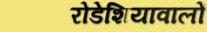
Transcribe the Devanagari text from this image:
रोडेशियावालों